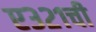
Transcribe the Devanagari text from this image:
ए३२१ची